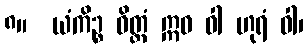
၈။  ယံကိဉ္စ ဝိတ္တံ ဣဓ ဝါ ဟုရံ ဝါ၊